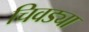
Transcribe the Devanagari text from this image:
चिवड्या